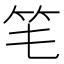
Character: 𥫬